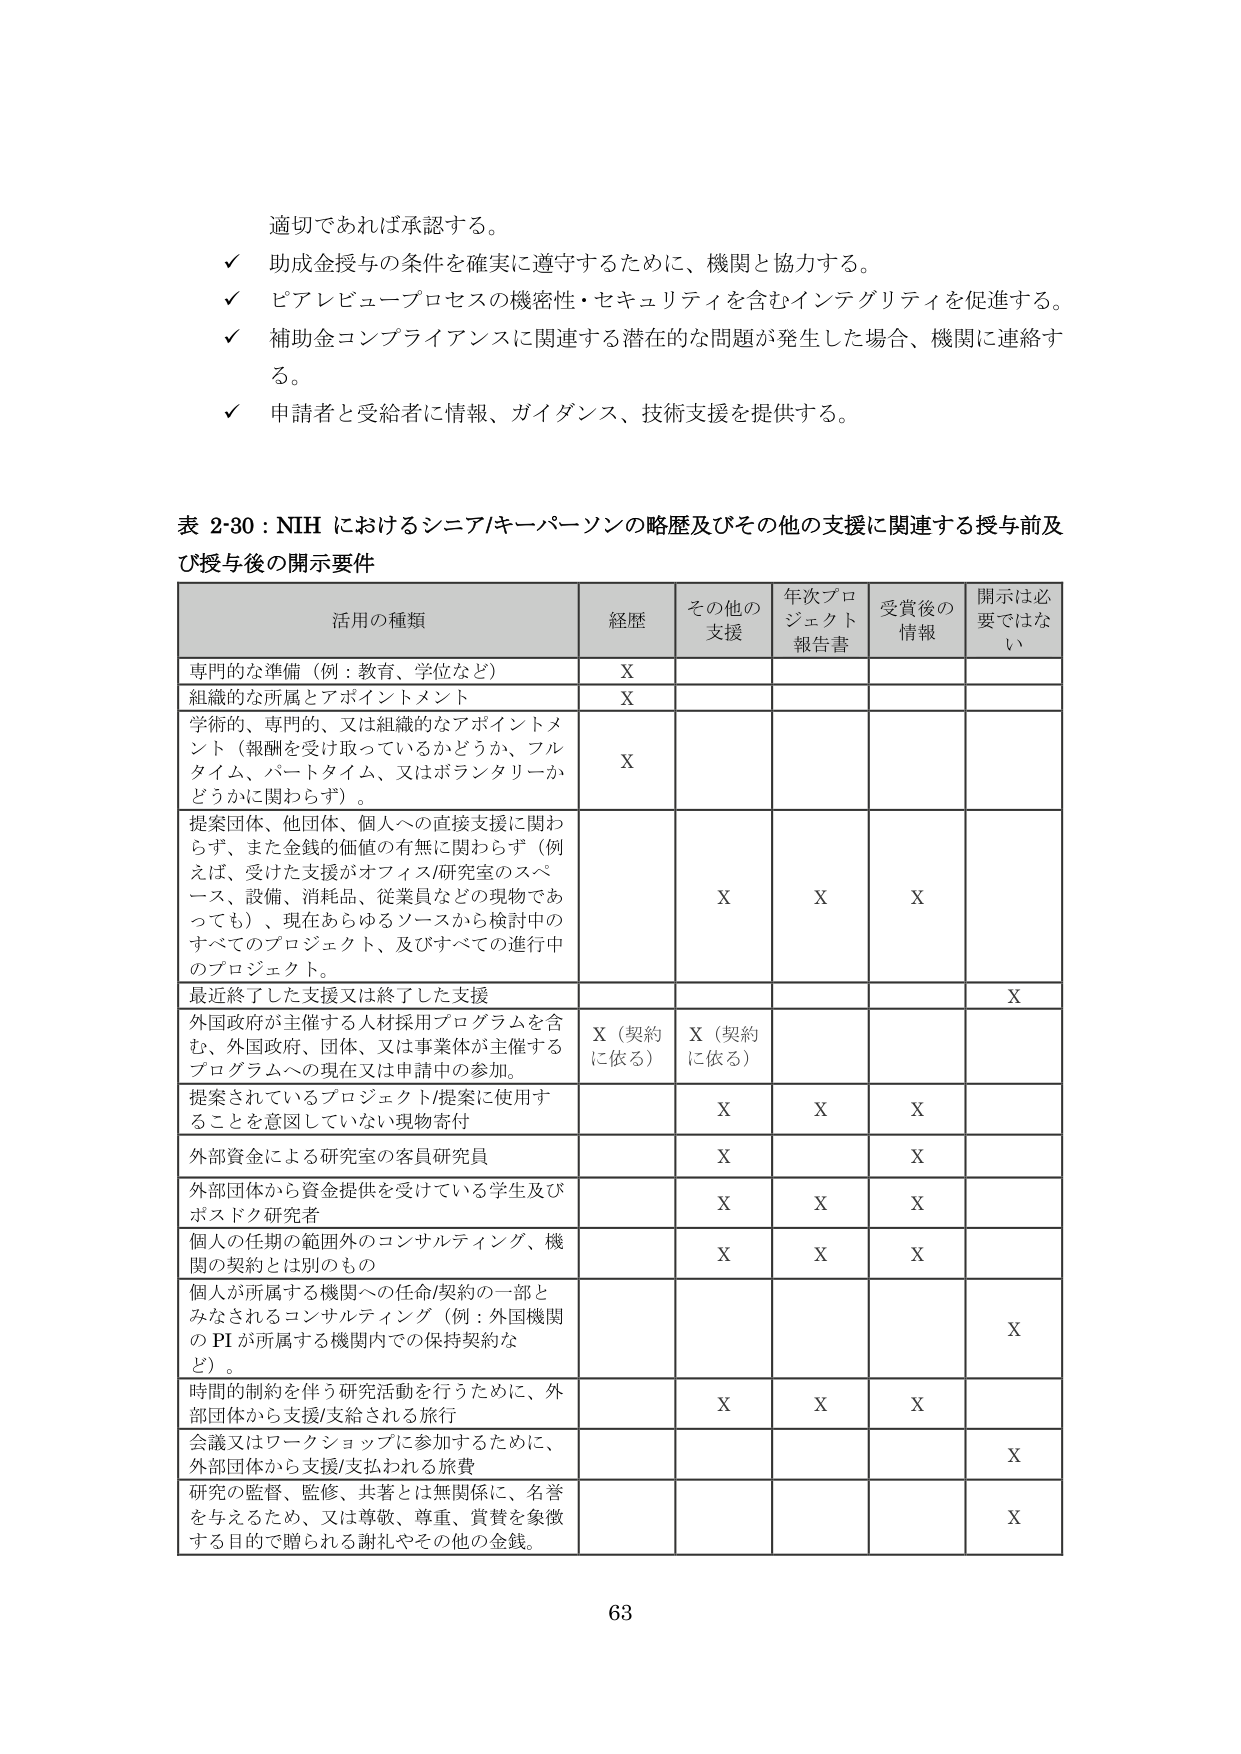
適切であれば承認する。
✓ 助成金授与の条件を確実に遵守するために、機関と協力する。
✓ ピアレビュー・プロセスの機密性・セキュリティを含むインテグリティを促進する。
✓ 補助金コンプライアンスに関連する潜在的な問題が発生した場合、機関に連絡する。
✓ 申請者と受給者に情報、ガイダンス、技術支援を提供する。

表 2-30：NIH におけるシニア/キーパーソンの略歴及びその他の支援に関連する授与前及び授与後の開示要件

活用の種類 経歴 その他の支援 年次プロジェクト報告書 受賞後の情報 開示は必要ではない
専門的な準備（例：教育、学位など） X
組織的な所属とアポイントメント X
学術的、専門的、又は組織的なアポイントメント（報酬を受け取っているかどうか、フルタイム、パートタイム、又はボランタリーかどうかに関わらず）。 X
提案団体、他団体、個人への直接支援に関わらず、また金銭的価値の有無に関わらず（例えば、受けた支援がオフィス/研究室のスペース、設備、消耗品、従業員などの現物であっても）、現在あらゆるソースから検討中のすべてのプロジェクト、及びすべての進行中のプロジェクト。 X X X
最近終了した支援又は終了した支援 X
外国政府が主催する人材採用プログラムを含む、外国政府、団体、又は事業体が主催するプログラムへの現在又は申請中の参加。 X（契約に依る） X（契約に依る）
提案されているプロジェクト/提案に使用することを意図していない現物寄付 X X X
外部資金による研究室の客員研究員 X X
外部団体から資金提供を受けている学生及びポスドク研究者 X X X
個人の任期の範囲外のコンサルティング、機関の契約とは別のもの X X X
個人が所属する機関への任命/契約の一部とみなされるコンサルティング（例：外国機関の PI が所属する機関内での保持契約など）。 X
時間的制約を伴う研究活動を行うために、外部団体から支援/支給される旅行 X X X
会議又はワークショップに参加するために、外部団体から支援/支払われる旅費 X
研究の監督、監修、共著とは無関係に、名誉を与えるため、又は尊敬、尊重、賞賛を象徴する目的で贈られる謝礼やその他の金銭。 X

63